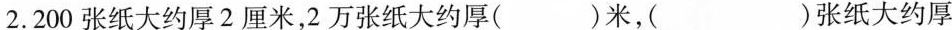
2.200张纸大约厚2厘米，2万张纸大约厚( )米，( )张纸大约